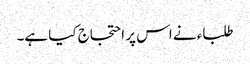
طلباء نے اس پر احتجاج کیا ہے۔